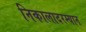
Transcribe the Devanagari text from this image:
निकालादरम्यान